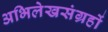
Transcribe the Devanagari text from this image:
अभिलेखसंग्रहों